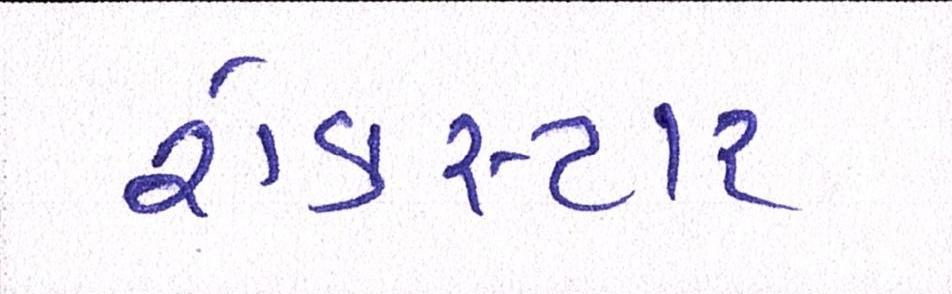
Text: રોકસ્ટાર